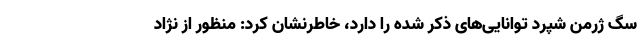
سگ ژرمن شپرد توانایی‌های ذکر شده را دارد، خاطرنشان کرد: منظور از نژاد